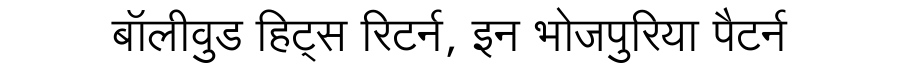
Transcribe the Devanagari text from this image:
बॉलीवुड हिट्स रिटर्न, इन भोजपुरिया पैटर्न